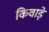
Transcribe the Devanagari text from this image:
किवाड़े